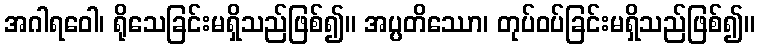
အဂါရဝေါ၊ ရိုသေခြင်းမရှိသည်ဖြစ်၍။ အပ္ပတိဿော၊ တုပ်ဝပ်ခြင်းမရှိသည်ဖြစ်၍။